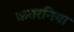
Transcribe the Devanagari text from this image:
कतरनिया